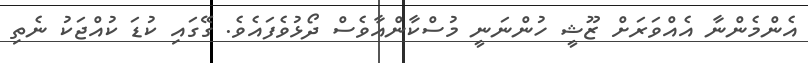
އެންމެންނާ އެއްވަރަށް ޒޫޝީ ހުންނަނީ މުސްކާންއާވެސް ދޯޅުވެފައެވެ. ގޭގައި ކުޑަ ކުއްޖަކު ނެތި